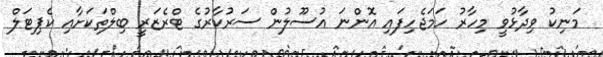
މަނިކު ވިދާޅުވީ މިހާރު ހަމަޖެހިފައި އޮންނަ އުސޫލުން ސަރުކާރުގެ ޓްރެޒަރީ ބިލްތަކަށާއި ކެޕިޓަލް